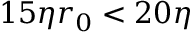
1 5 \eta r _ { 0 } < 2 0 \eta